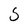
Character: 5